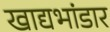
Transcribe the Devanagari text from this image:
खाद्यभांडार